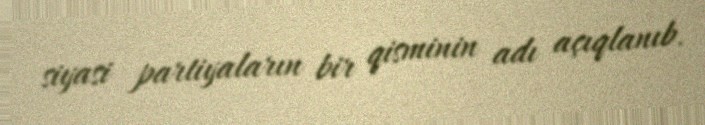
siyasi partiyaların bir qisminin adı açıqlanıb.